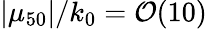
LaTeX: |\mu_{50}|/k_{0}={\cal O}(10)